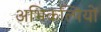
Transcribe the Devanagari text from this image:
अभिकल्पियों